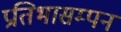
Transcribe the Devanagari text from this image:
प्रतिभासम्पन